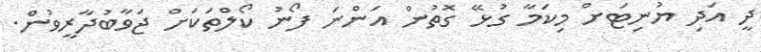
ދީ އަދި ޔުނިޓަށް މިކަމާ ގުޅޭ ގޮތުން އަންނަ ފޯނު ކޯލްތަކަށް ޖަވާބުދާރީވުން.